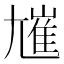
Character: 𡰋